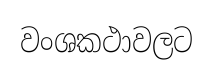
වංශකථාවලට